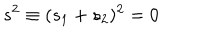
s ^ { 2 } \equiv ( s _ { 1 } + s _ { 2 } ) ^ { 2 } = 0